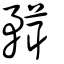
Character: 𥎂